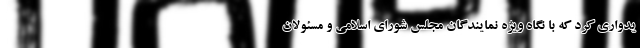
یدواری کرد که با نگاهِ ویژه نمایندگان مجلس شورای اسلامی و مسئولان